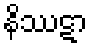
နိဿဋာ